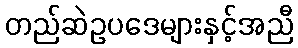
တည်ဆဲဥပဒေများနှင့်အညီ